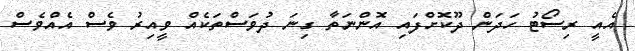
އެއީ ރިސޯޓު ހަދަން ދޫކޮށްފައި އޮންނަތާ ގިނަ ދުވަސްތަކެއް ވީއިރު ވެސް އެއްވެސް